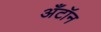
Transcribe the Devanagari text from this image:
अँटॉन